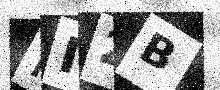
Text: NI2B